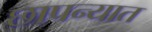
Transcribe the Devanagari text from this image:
छापन्यात